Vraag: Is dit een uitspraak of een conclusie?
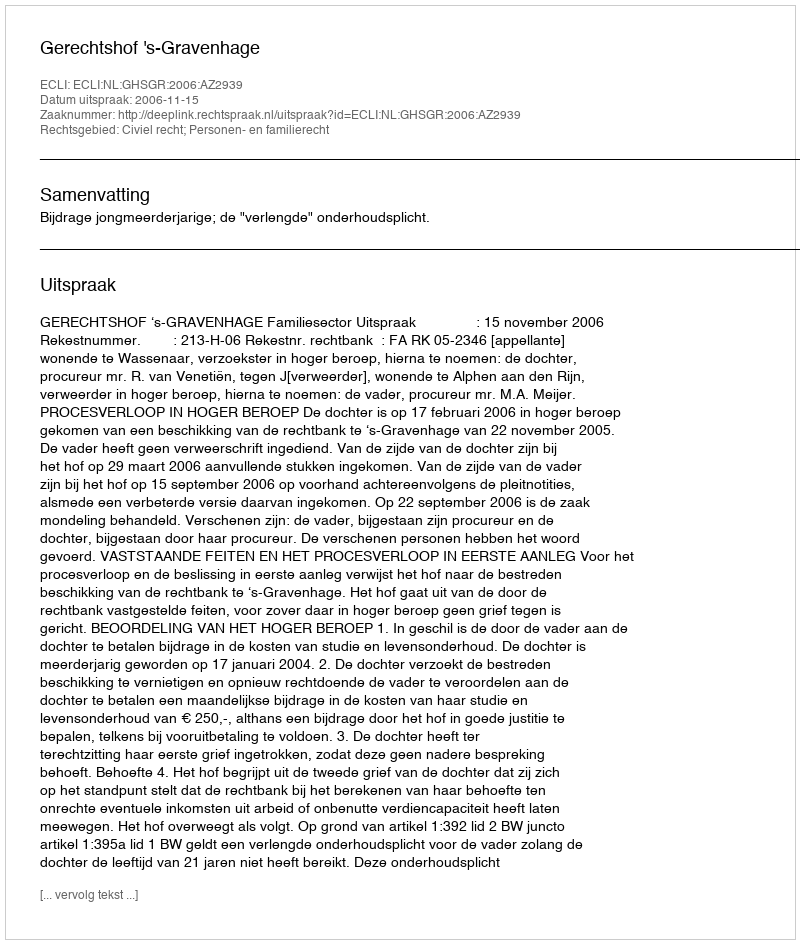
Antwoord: Uitspraak